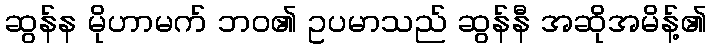
ဆွန်န မိုဟာမက် ဘဝ၏ ဥပမာသည် ဆွန်နီ အဆိုအမိန့်၏